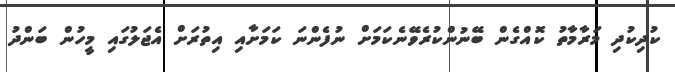
ކުދިކުދި މަރާމާތު ކޮއްގެން ބޭނުންކުރެވޭނެކަމަށް ނުފެންނަ ކަމަށާއި އިތުރަށް އެޖަލުގައި މީހުން ބަންދު